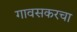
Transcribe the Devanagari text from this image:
गावसकरचा